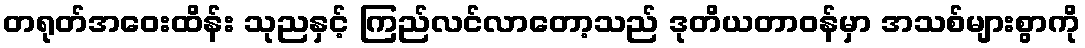
တရုတ်အဝေးထိန်း သုညနှင့် ကြည်လင်လာတော့သည် ဒုတိယတာဝန်မှာ အသစ်များစွာကို